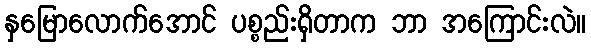
နှမြောလောက်အောင် ပစ္စည်းရှိတာက ဘာ အကြောင်းလဲ။